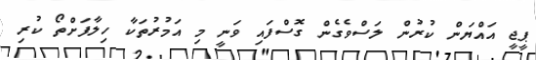
ޕީޖީ އައްޔަން ކުރުން ލަސްވެގެން ގޮސްފައި ވަނީ މި އަމުރުތަކާ ހިލާފަށްތޯ ކުރި